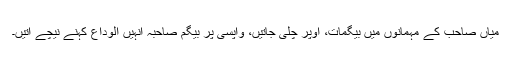
میاں صاحب کے مہمانوں میں بیگمات، اوپر چلی جاتیں، واپسی پر بیگم صاحبہ انہیں الوداع کہنے نیچے آتیں۔